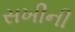
સખીની